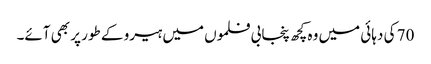
70 کی دہائی میں وہ کچھ پنجابی فلموں میں ہیرو کے طور پر بھی آئے۔